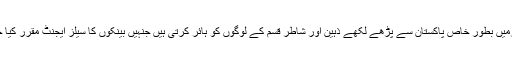
متعدد فرمیں بطور خاص پاکستان سے پڑھے لکھے ذہین اور شاطر قسم کے لوگوں کو ہائر کرتی ہیں جنہیں بینکوں کا سیلز ایجنٹ مقرر کیا جاتا ہے۔